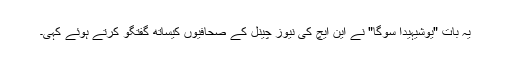
یہ بات "یوشیہیدا سوگا" نے این ایچ کی نیوز چینل کے صحافیوں کیساتھ گفتگو کرتے ہوئے کہی۔